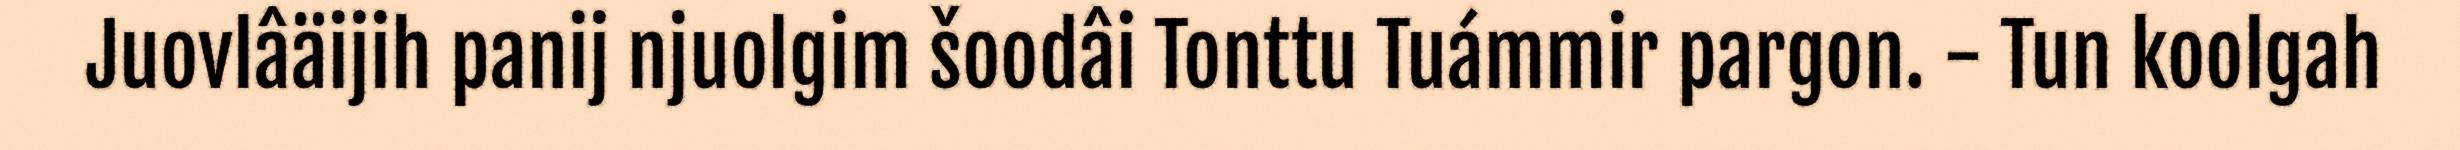
Juovlâäijih panij njuolgim šoodâi Tonttu Tuámmir pargon. - Tun koolgah